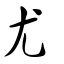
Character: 尤